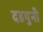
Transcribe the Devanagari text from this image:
दडपुनी